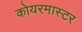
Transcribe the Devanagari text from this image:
कोयरमास्टर